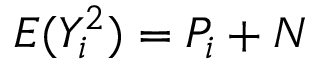
E ( Y _ { i } ^ { 2 } ) = P _ { i } + N \,